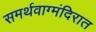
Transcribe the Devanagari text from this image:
समर्थवाग्मंदिरात